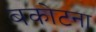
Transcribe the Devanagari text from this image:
बकोटना